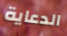
الدعاية